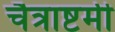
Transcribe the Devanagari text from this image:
चैत्राष्टमी